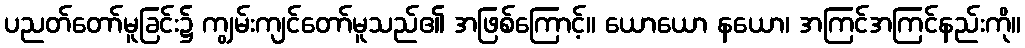
ပညတ်တော်မူခြင်း၌ ကျွမ်းကျင်တော်မူသည်၏ အဖြစ်ကြောင့်။ ယောယော နယော၊ အကြင်အကြင်နည်းကို။